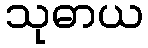
သုဓာယ